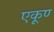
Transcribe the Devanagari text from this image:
एकूण्‍